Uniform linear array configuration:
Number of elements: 24
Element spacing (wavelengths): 0.25
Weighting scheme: exponential
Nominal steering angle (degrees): -30
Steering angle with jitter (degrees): -31.13
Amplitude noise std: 0.05
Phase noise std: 0.05

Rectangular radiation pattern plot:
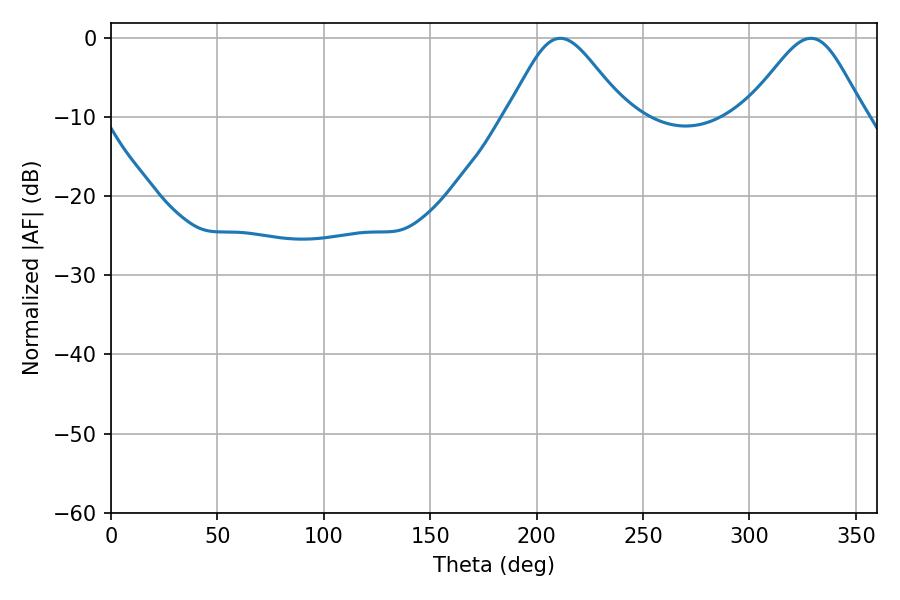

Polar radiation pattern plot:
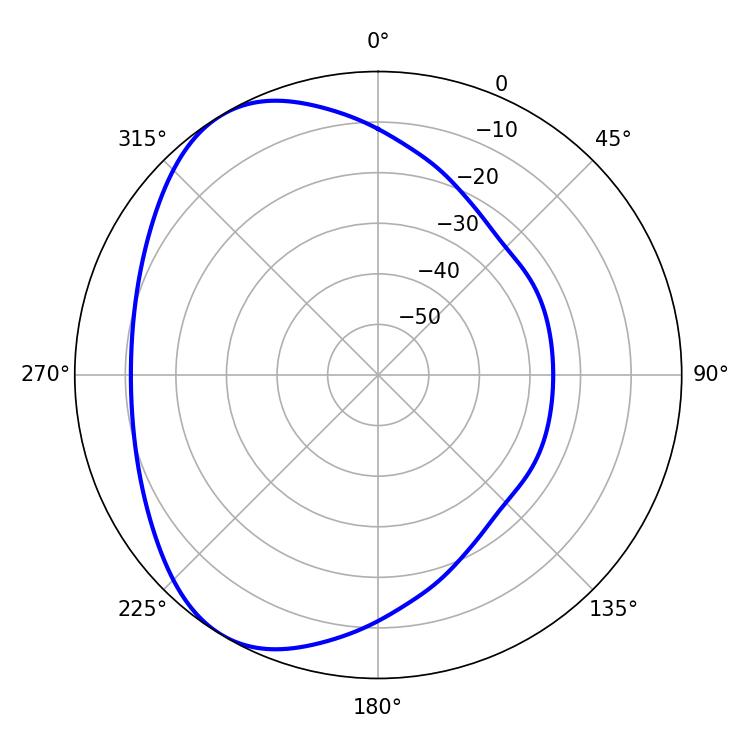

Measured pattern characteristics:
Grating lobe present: FALSE
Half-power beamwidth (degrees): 27.54
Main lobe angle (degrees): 211.14